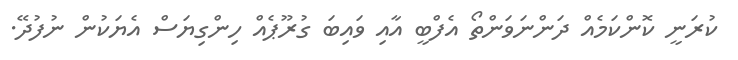
ކުރަނީ ކޮންކަމެއް ދަންނަވަންތޯ އެފްބީ އާއި ވައިބަ ގުރޫޕެއް ހިންގިޔަސް އެޔަކުން ނުފުދޭ.